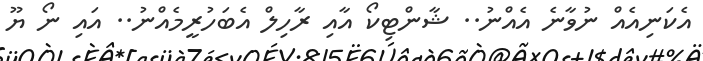
އެކަނިއެއް ނުވާނެ އެއްނު.. ޝާންޓިކޯ އާއި ރާހިލް އެބަހުރީމެއްނު.. އައި ނޯ ޔޫ